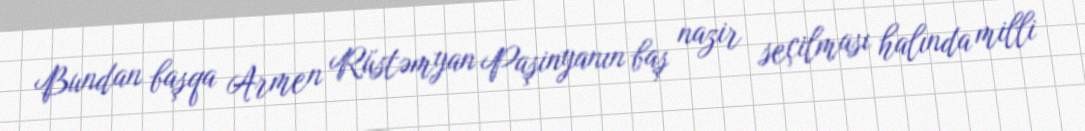
Bundan başqa Armen Rüstəmyan Paşinyanın baş nazir seçilması halında milli